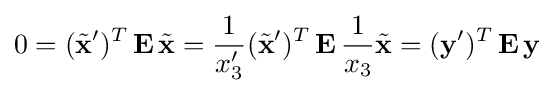
0=({\tilde {\mathbf {x} }}')^{T}\,\mathbf {E} \,{\tilde {\mathbf {x} }}={\frac {1}{x'_{3}}}({\tilde {\mathbf {x} }}')^{T}\,\mathbf {E} \,{\frac {1}{x_{3}}}{\tilde {\mathbf {x} }}=(\mathbf {y} ')^{T}\,\mathbf {E} \,\mathbf {y}